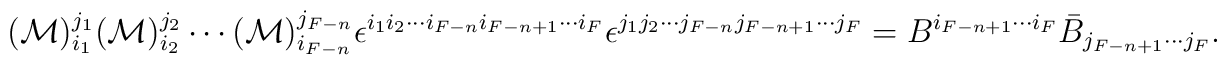
({\cal M})_{i_1}^{j_1} ({\cal M})_{i_2}^{j_2} \cdots   ({\cal M})_{i_{F-n}}^{j_{F-n}}  \epsilon^{i_1 i_2 \cdots i_{F-n} i_{F-n+1} \cdots i_F}   \epsilon^{j_1 j_2 \cdots j_{F-n} j_{F-n+1} \cdots j_F}  = B^{i_{F-n+1} \cdots i_F} \bar{B}_{j_{F-n+1} \cdots j_F}.